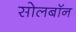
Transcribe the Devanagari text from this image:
सोलबॉन